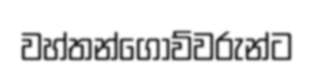
වහ්තන්ගොව්වරුන්ට